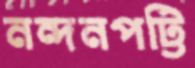
নন্দনপট্টি